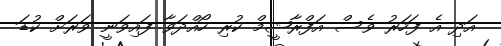
އަދި އެ ފަހަރު ވެސް އަފްރާޝީމް ކުރި ހޯއްދަވާ ފައިވަނީ ވަރަށް ކުޑަ